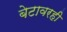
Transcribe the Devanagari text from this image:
बेटावरही